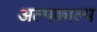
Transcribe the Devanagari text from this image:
अल्पकाल्प